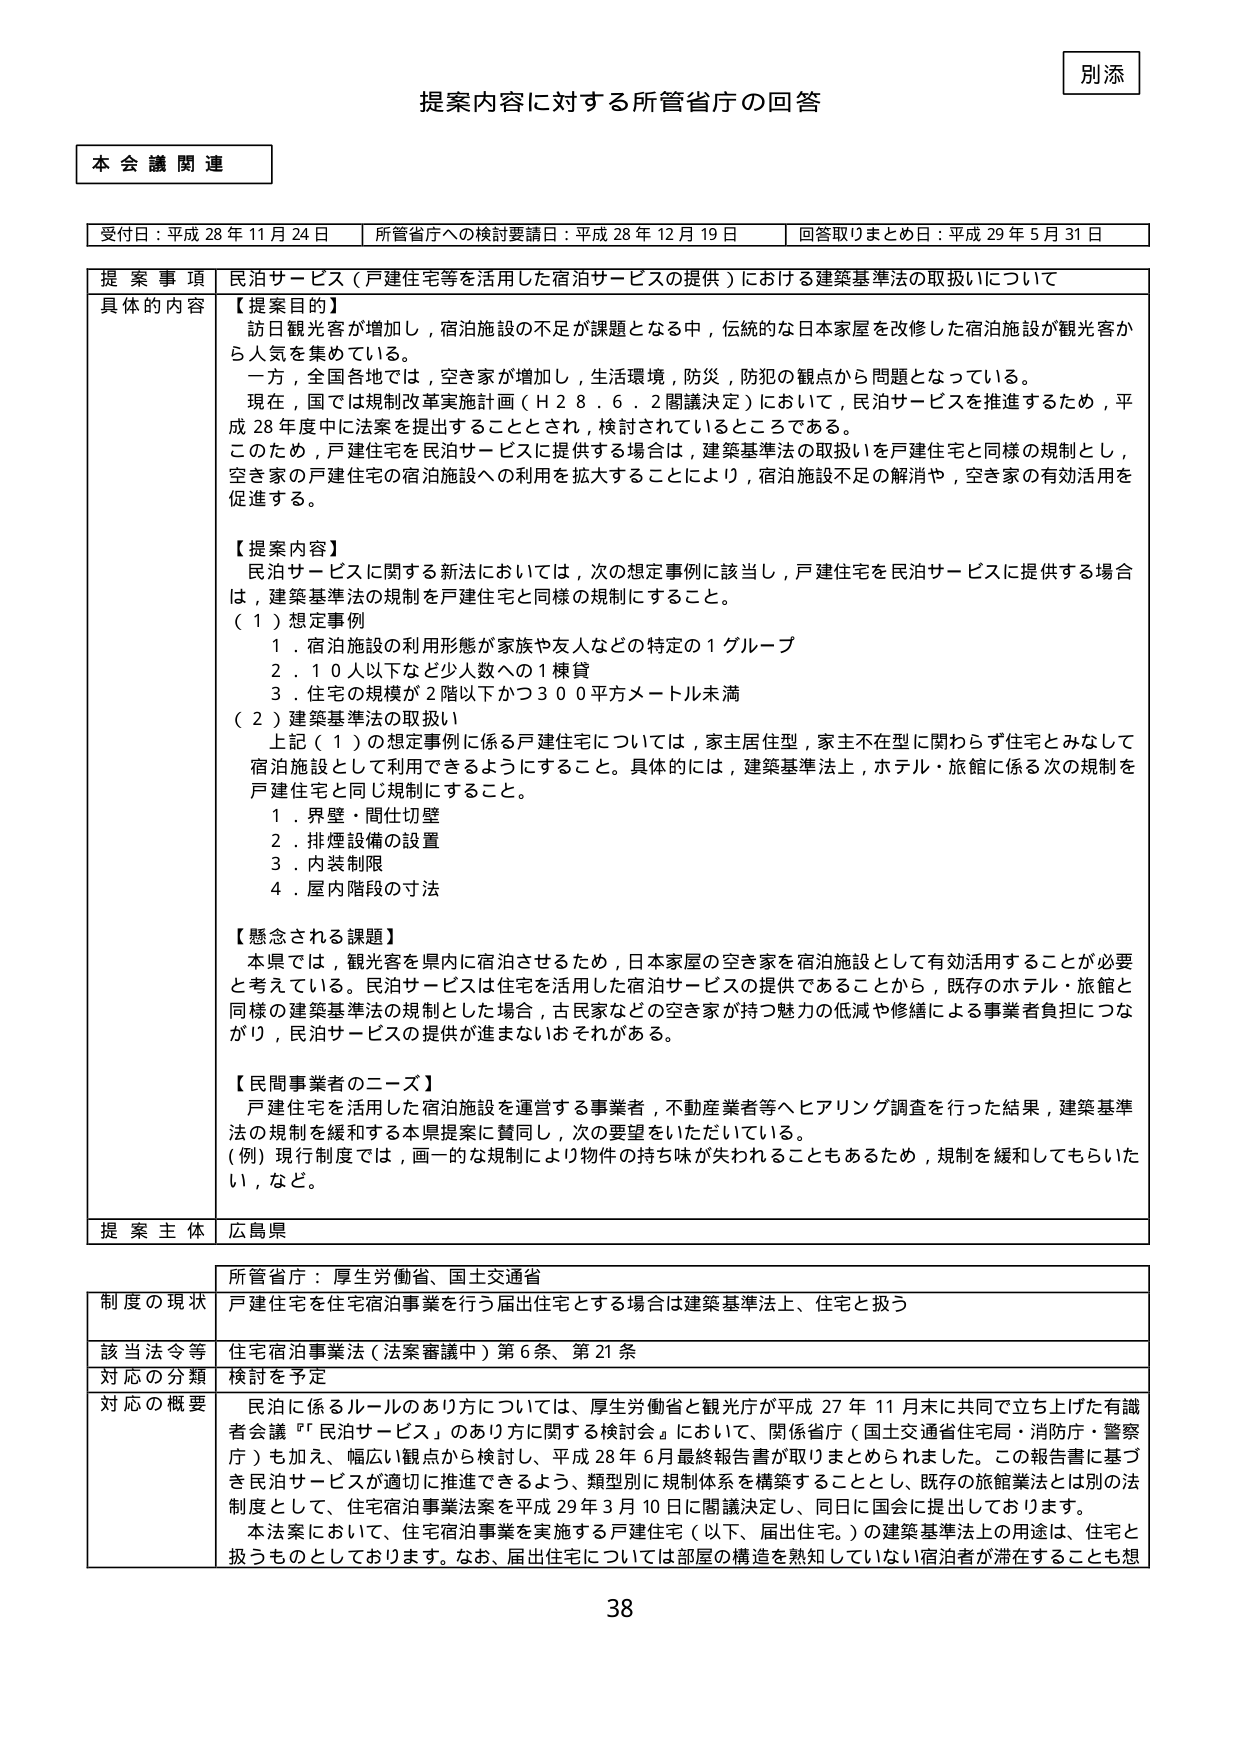
別添
提案内容に対する所管省庁の回答

本会議関連

受付日：平成28年11月24日　所管省庁への検討要請日：平成28年12月19日　回答取りまとめ日：平成29年5月31日

提案事項　民泊サービス（戸建住宅等を活用した宿泊サービスの提供）における建築基準法の取扱いについて

具体的な内容
【提案目的】
訪日観光客が増加し，宿泊施設の不足が課題となる中，伝統的な日本家屋を改修した宿泊施設が観光客から人気を集めている。
一方，全国各地では，空き家が増加し，生活環境，防災，防犯の観点から問題となっている。
現在，国では規制改革実施計画（H28.6.2閣議決定）において，民泊サービスを推進するため，平成28年度中に法案を提出することとされ，検討されているところである。
このため，戸建住宅を民泊サービスに提供する場合は，建築基準法の取扱いを戸建住宅と同様の規制とし，空き家の戸建住宅の宿泊施設への利用を拡大することにより，宿泊施設不足の解消や，空き家の有効活用を促進する。

【提案内容】
民泊サービスに関する新法においては，次の想定事例に該当し，戸建住宅を民泊サービスに提供する場合は，建築基準法の規制を戸建住宅と同様の規制にすること。
（1）想定事例
　1．宿泊施設の利用形態が家族や友人などの特定の1グループ
　2．10人以下など少人数への1棟貸
　3．住宅の規模が2階以下かつ300平方メートル未満
（2）建築基準法の取扱い
　上記（1）の想定事例に係る戸建住宅については，家主居住型，家主不在型に関わらず住宅とみなして宿泊施設として利用できるようにすること。具体的には，建築基準法上，ホテル・旅館に係る次の規制を戸建住宅と同じ規制にすること。
　　1．界壁・間仕切壁
　　2．排煙設備の設置
　　3．内装制限
　　4．屋内階段の寸法

【懸念される課題】
本県では，観光客を県内に宿泊させるため，日本家屋の空き家を宿泊施設として有効活用することが必要と考えている。民泊サービスは住宅を活用した宿泊サービスの提供であることから，既存のホテル・旅館と同様の建築基準法の規制とした場合，古民家などの空き家が持つ魅力の低減や修繕による事業者負担につながり，民泊サービスの提供が進まないおそれがある。

【民間事業者のニーズ】
戸建住宅を活用した宿泊施設を運営する事業者，不動産業者等へヒアリング調査を行った結果，建築基準法の規制を緩和する本県提案に賛同し，次の要望をいただいている。
（例）現行制度では，画一的な規制により物件の持ち味が失われることもあるため，規制を緩和してもらいたい，など。

提案主体　広島県

所管省庁：厚生労働省、国土交通省

制度の現状　戸建住宅を住宅宿泊事業を行う届出住宅とする場合は建築基準法上、住宅と扱う

該当法令等　住宅宿泊事業法（法案審議中）第6条、第21条

対応の分類　検討を予定

対応の概要　民泊に係るルールのあり方については、厚生労働省と観光庁が平成27年11月末に共同で立ち上げた有識者会議「『民泊サービス』のあり方に関する検討会」において、関係省庁（国土交通省住宅局・消防庁・警察庁）も加え、幅広い観点から検討し、平成28年6月最終報告書が取りまとめられました。この報告書に基づき民泊サービスが適切に推進できるよう、類型別に規制体系を構築することとし、既存の旅館業法とは別の法制度として、住宅宿泊事業法案を平成29年3月10日に閣議決定し、同日に国会に提出しております。
本法案において、住宅宿泊事業を実施する戸建住宅（以下、届出住宅。）の建築基準法上の用途は、住宅と扱うものとしております。なお、届出住宅については部屋の構造を熟知していない宿泊者が滞在することも想

38